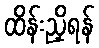
ထိန်းညှိရန်